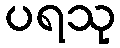
ပရသု